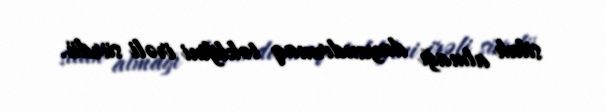
silah almağı dayandırmaq təklifini irəli sürdü.